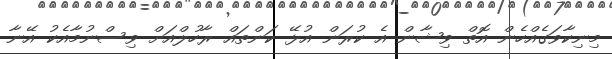
މިނިކާވަގެއްހެން އޮތް ވިޝާން އެ ކުރަން އުޅޭ ކަންތައް ރާހުލްއަށް ވިސްނުމާއެކު އޭނާ